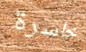
خاسرة